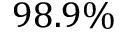
9 8 . 9 \%